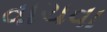
વાચવા